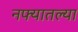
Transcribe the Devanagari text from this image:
नफ्यातल्या